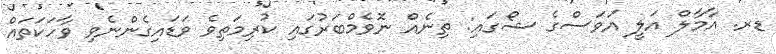
ޑރ. އާމާލް އަލީ އަވަސްގެ ޝޯގަައި: ތިނެއް ނޮވެމްބަރުގައި ކުރިމަތިވެ ވަޑައިގެންނެވި ވާހަކަތައް